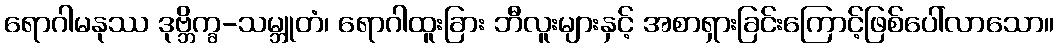
ရောဂါမနုဿ ဒုဗ္ဘိက္ခ-သမ္ဘူတံ၊ ရောဂါထူးခြား ဘီလူးများနှင့် အစာရှားခြင်းကြောင့်ဖြစ်ပေါ်လာသော။